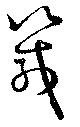
箴